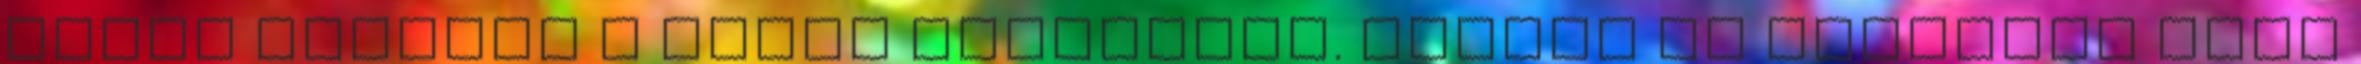
egyik kezével a hasát simogatta. Szóhoz se jutottam csak